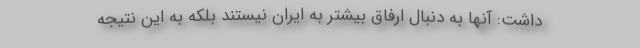
داشت: آنها به دنبال ارفاق بیشتر به ایران نیستند بلکه به این نتیجه